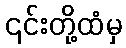
၎င်းတို့ထံမှ